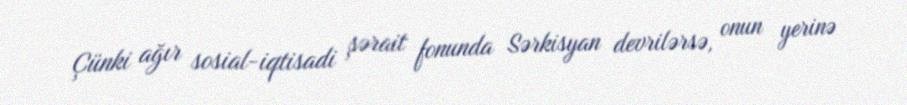
Çünki ağır sosial-iqtisadi şərait fonunda Sərkisyan devrilərsə, onun yerinə